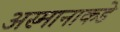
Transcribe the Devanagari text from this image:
अस्मानाकडे